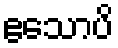
ဧသောပိ